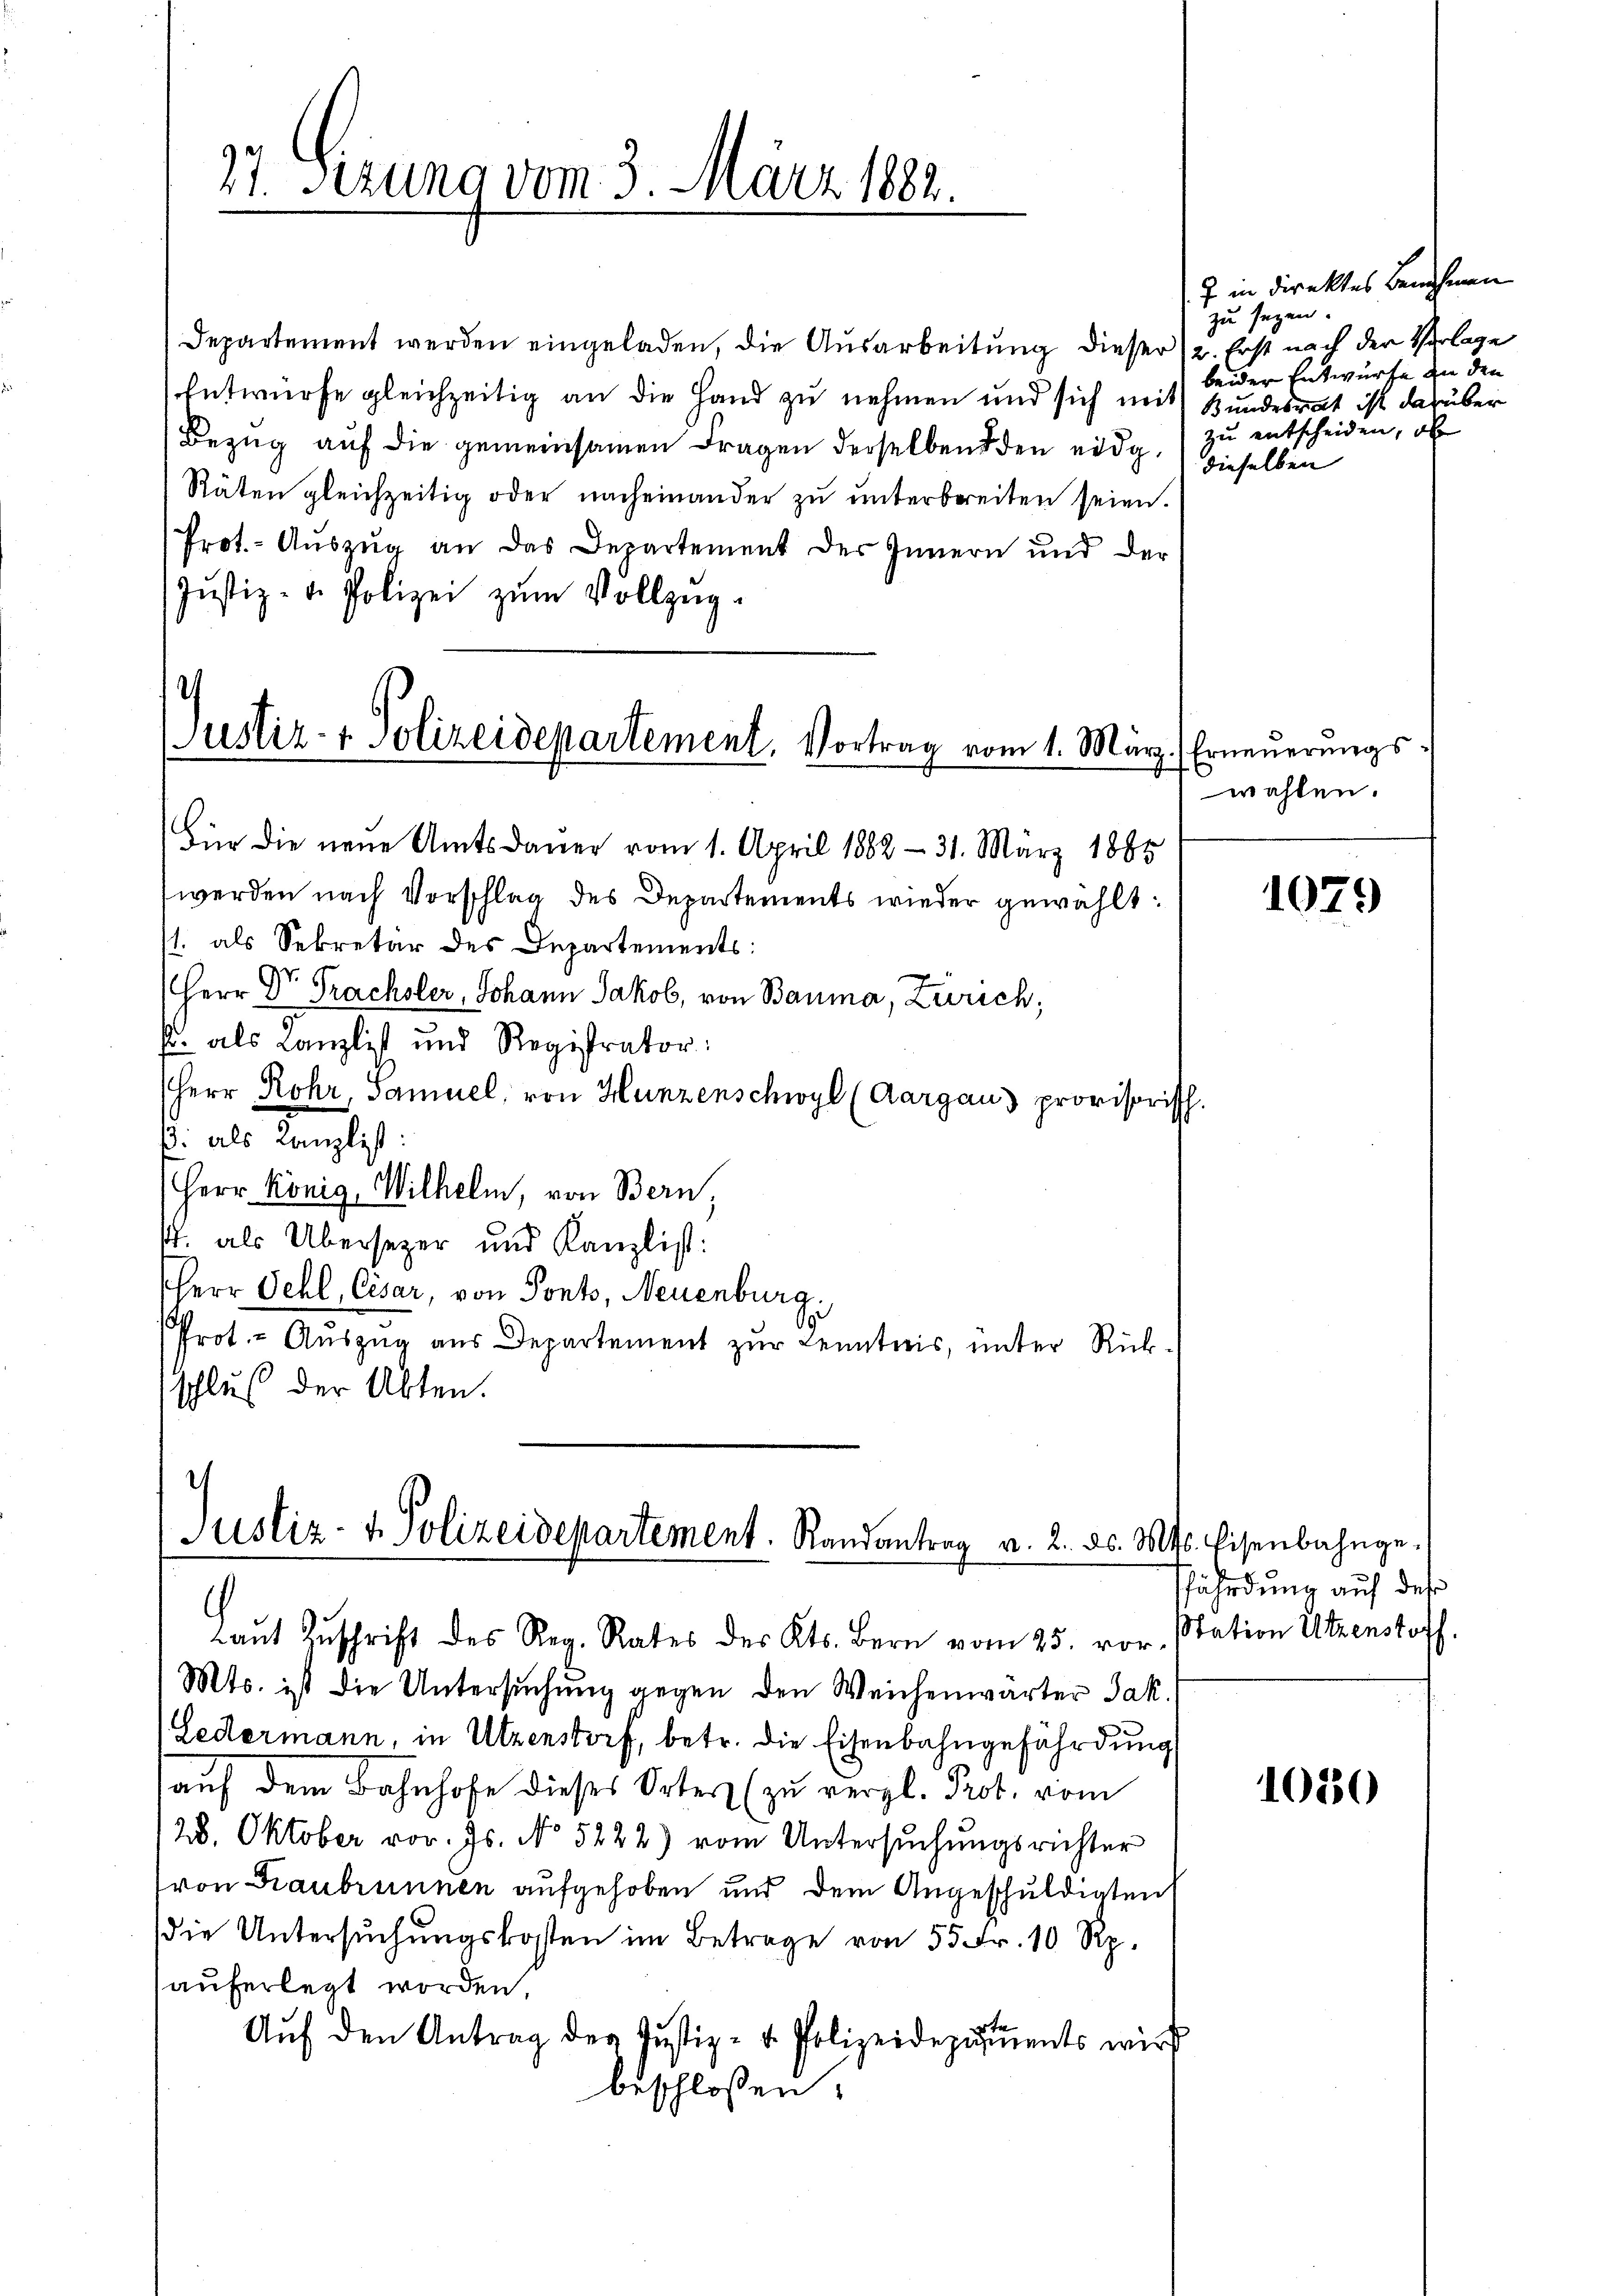
37. Sezung vom 3. März 1882.

Departement werden eingeladen, die Ausarbeitung dieser 2. Erst nach der Verlage
Entwurfe gleichzeitig an die Hand zu nehmen und sich mit Bundesrat ist darüber
Bezug auf die gemeinsamen Fragen derselben den eidg.
Räten gleichzeitig oder nach einander zŭ ŭnterbreiten seien.
Prot.- Aŭszŭg an das Departement der Innern und der
Justiz- u. Polizei zum Vollzug¬

.
Justiz- & Polizeidepartement, Vortrag vom 1. Mär

Justiz- & Polizeidepartement. Randantrag a. 2. ds. Mts. Eisenbahnge-
Laŭt Zŭschrift des Reg. Rates des Kts. Bern vom 25. vor. Station Utzenstoff.

Für die neue Amtsdauer vom 1. April 1882 - 31. März 1885
werden nach Vorschlag des Departements wieder gewählt:
1. als Sekretär des Departements:
Herr Dr. Prachsler, Johann Jakob, von Bauma, Zürich,
s. als Kanzlist und Registrator:
Herr Rohr, Samuel, von Hunzenschwyl (Aargaus provisoris
ß. als Kanzlist:
Herr König, Wilhelm, von Bern
1. als Übersezer und Kanzlist:
HHerr Gehl, Cesar, von Sonts, Neuenburg.
e
Prot. - Auszug aus Departement zur Kenntnis, unter Rückschluß der Abten.

Mts. ist die Untersuchung gegen den Weichenwärter Jak.
Ledermann, in Utzenstorf, betr. die Eisenbahngefährdung
auf dem Bahnhofe dieses Ortes (zu vergl. Prot. vom
28. Oktober vor. Js. No 5222) vom Untersuchungsrichter
(von Graubrunnen aufgehoben und dem Angeschuldigten
die Untersuchungskosten im Betrage von 55 Fr. 10 Rp.
auferlegt worden.
Aŭf den Antrag der Justiz- u. Polizeidezŭṁents wird
beschlossen:

7 in direktes Benehmen
zu seyen.
beider Entwurfe zu den
zu entscheiden, ob
dieselben

.Erneuerungs
wahlen.

1079

fährdung auf der

1030